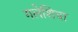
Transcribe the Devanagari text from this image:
गलेशिया